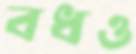
বধও